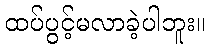
ထပ်ပွင့်မလာခဲ့ပါဘူး။